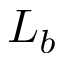
L _ { b }